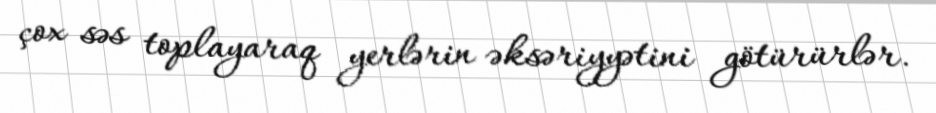
çox səs toplayaraq yerlərin əksəriyyətini götürürlər.